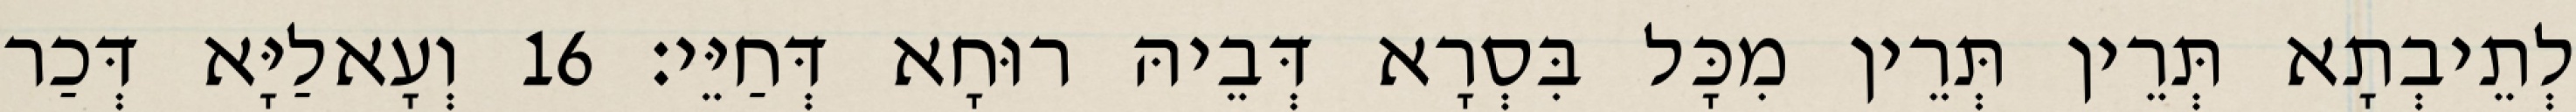
לְתֵיבְתָא תְּרֵין תְּרֵין מִכָּל בִּסְרָא דְּבֵיהּ רוּחָא דְּחַיֵּי׃ 16 וְעָאלַיָּא דְּכַר